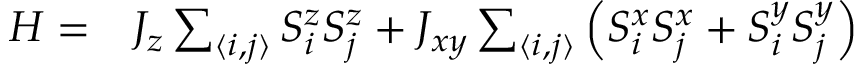
\begin{array} { r l } { H = } & { { } J _ { z } \sum _ { \langle i , j \rangle } S _ { i } ^ { z } S _ { j } ^ { z } + J _ { x y } \sum _ { \langle i , j \rangle } \left( S _ { i } ^ { x } S _ { j } ^ { x } + S _ { i } ^ { y } S _ { j } ^ { y } \right) } \end{array}